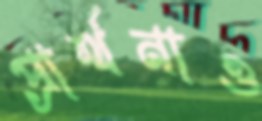
প্রার্থনাও